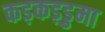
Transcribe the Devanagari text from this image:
कड़कड़डुमा